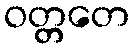
ဝတ္တတေ